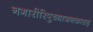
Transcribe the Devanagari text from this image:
नगारीरिपुच्याजनकासह